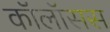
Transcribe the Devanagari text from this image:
कॉलॉसस